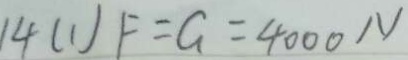
1 4 ( 1 ) F = G = 4 0 0 0 N